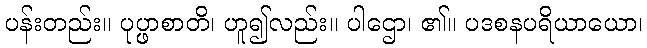
ပန်းတည်း။ ပုပ္ဖာစာတိ၊ ဟူ၍လည်း။ ပါဌော၊ ၏။ ပဒစနပရိယာယော၊